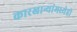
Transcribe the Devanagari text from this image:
कारखान्यांमध्येही